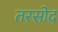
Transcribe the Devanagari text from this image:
तरसोद